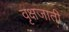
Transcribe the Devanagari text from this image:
वृक्षजाती